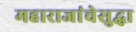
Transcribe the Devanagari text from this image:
महाराजांचेसुद्धा